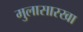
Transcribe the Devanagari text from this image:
मुलासारखा